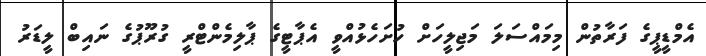
އެމްޑީޕީގެ ފަރާތުން މިމައްސަލަ މަޖިލީހަށް ހުށަހެޅުއްވީ އެޕާޓީގެ ޕާލިމެންޓްރީ ގުރޫޕުގެ ނައިބް ލީޑަރު